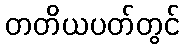
တတိယပတ်တွင်